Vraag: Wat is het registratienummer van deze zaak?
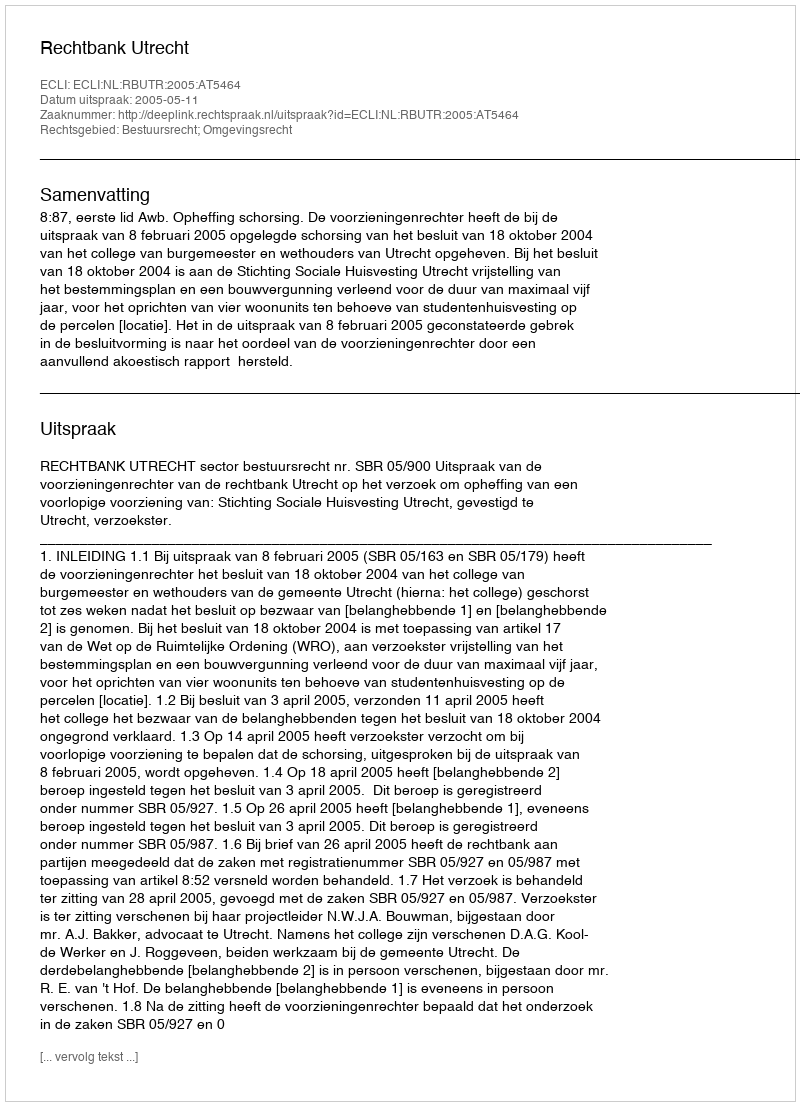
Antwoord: http://deeplink.rechtspraak.nl/uitspraak?id=ECLI:NL:RBUTR:2005:AT5464